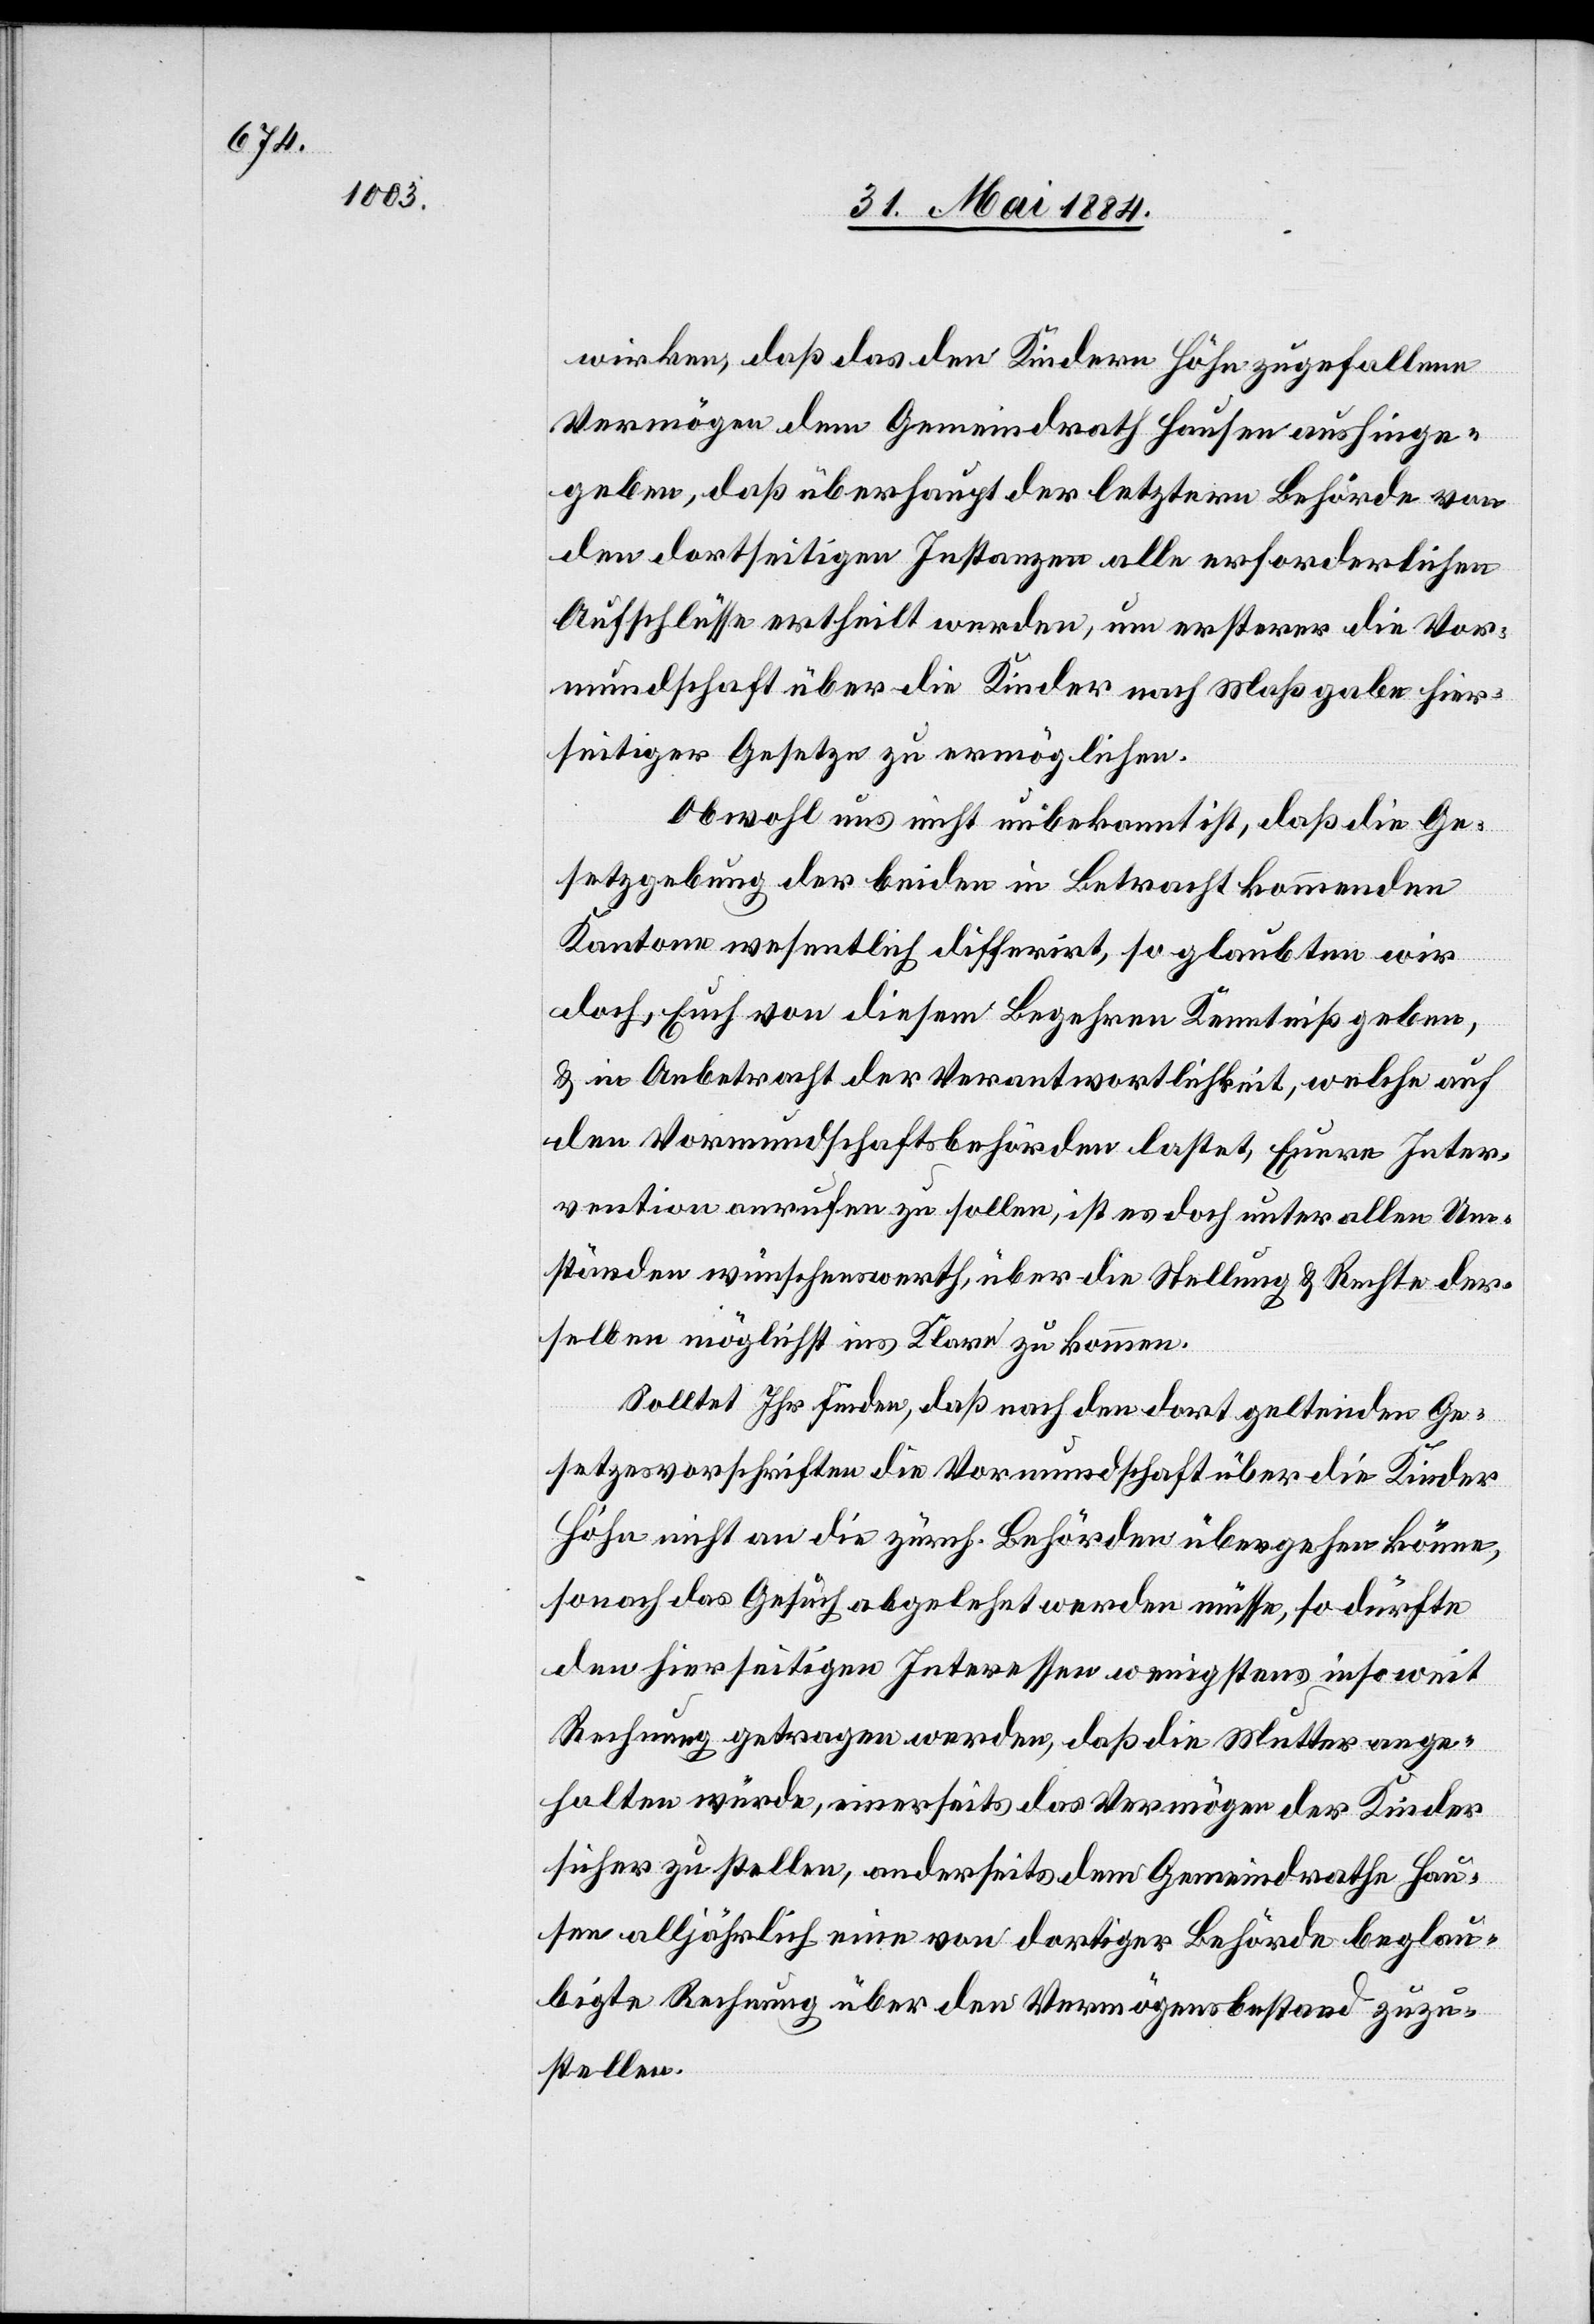
wirken, daß den Kindern Höhn zugefallene
Vermögen dem Gemeindrath Hausen aushinge¬
geben, daß überhaupt der letztern Behörde von
dem dortseitigen Instanzen alle erforderlichen
Ausschlüsse ertheilt werden, um ersterer die Vor¬
mundschaft über die Kinder nach Maßgaben hier¬
seitiger Gesetze zu ermöglichen.
Obwohl uns nicht unbekannt ist, daß die Ge¬
setzgebung der beiden in Betracht kommenden
Kantone wesentlich differirt, so glaubten wir
doch, Euch von diesem Begehren Kenntniß geben,
& in Anbetracht der Verantwortlichkeit, welche auf
den Vormundschaftsbehörden lastet, Eure Inter¬
vention anrufen zu sollen, ist es doch unter allen Um¬
ständen wünschenswerth, über die Stellung & Rechte der¬
selben möglichst ins Klare zu kommen.
Solltet Ihr finden, daß nach den dort geltenden Ge¬
setzvorschriften die Vormundschaft über die Kinder
Höhn nicht an die zürch. Behörden übergehen könne,
sonach das Gesuch abgelehnt werden müsse, so dürfte
den hierseitigen Interessen wenigstens insoweit
Rechnung getragen werden, daß die Mutter ange¬
halten würde, einerseits das Vermögen der Kinder
sicher zu stellen, anderseits dem Gemeindrathe Hau¬
sen alljährlich eine von dortiger Behörde beglau¬
bigte Rechnung über den Vermögensbestand zuzu¬
stellen.